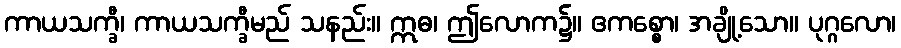
ကာယသက္ခီ၊ ကာယသက္ခီမည် သနည်း။ ဣဓ၊ ဤလောက၌။ ဧကစ္စော၊ အချို့သော။ ပုဂ္ဂလော၊